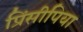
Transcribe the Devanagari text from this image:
प्रिंसीपिया